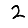
Digit: 2